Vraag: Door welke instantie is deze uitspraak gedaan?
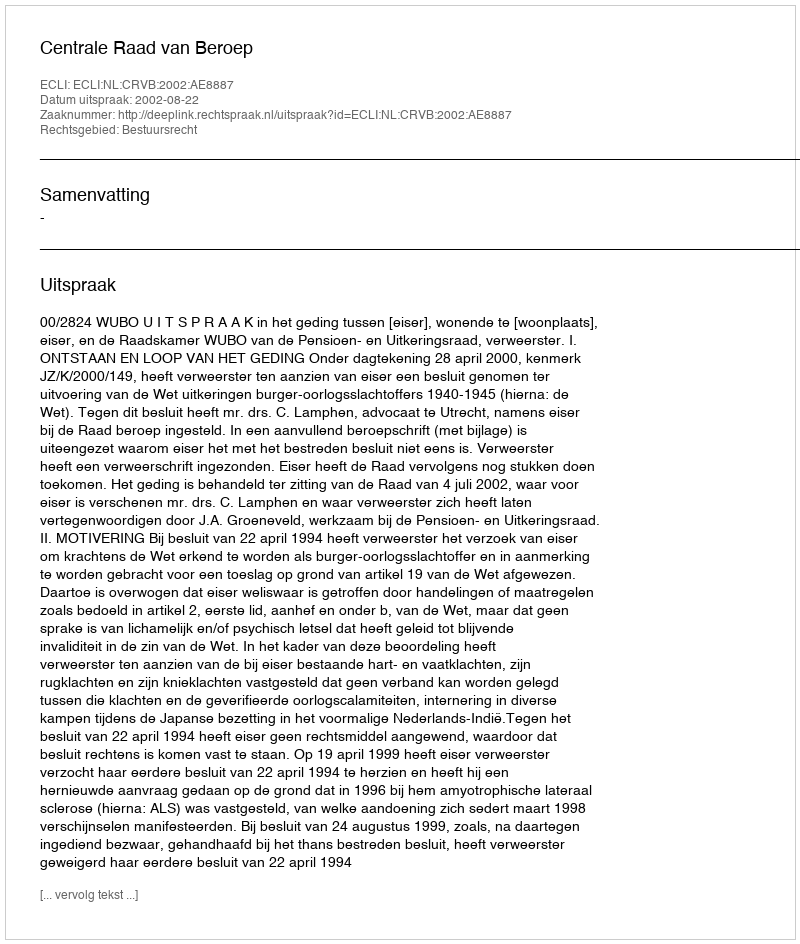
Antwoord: Centrale Raad van Beroep